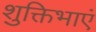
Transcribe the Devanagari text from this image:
शुक्तिभाएं